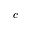
c